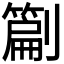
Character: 𭄙